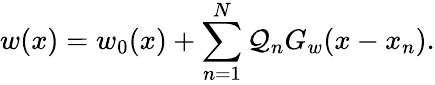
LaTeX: w(x)=w_{0}(x)+\sum_{n=1}^{N}\mathcal{Q}_{n}G_{w}(x-x_{n}).